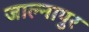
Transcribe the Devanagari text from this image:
जाल्नापुर